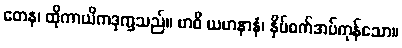
တေန၊ ထိုကာယိကဒုက္ခသည်။ ဗာဓိ ယမာနာနံ၊ နှိပ်စက်အပ်ကုန်သော။